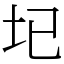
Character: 𡉏